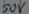
Text: 50V